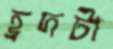
হ্রদটা